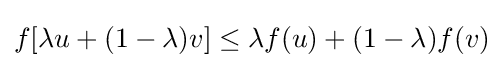
f[\lambda u+(1-\lambda )v]\leq \lambda f(u)+(1-\lambda )f(v)